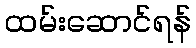
ထမ်းဆောင်ရန်